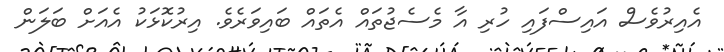
އެއިރުވެސް އައިސްފައި ހުރި އާ މެސެޖުތައް އެތައް ބައިވަރެވެ. އިރުކޮޅަކު އެއަށް ބަލަން